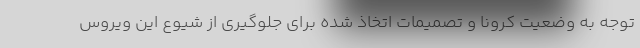
توجه به وضعیت کرونا و تصمیمات اتخاذ شده برای جلوگیری از شیوع این ویروس